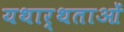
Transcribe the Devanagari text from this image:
यथार्थताओं